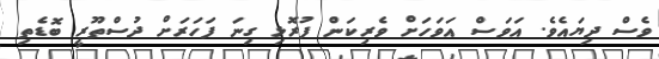
ވެސް ދިޔައެވެ. އަވަސް އަވަހަށް ވެރިކަން ފުރޮޅި ގިނަ ފަހަރަށް ދުސްތޫރީ ބޮޑެތި